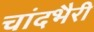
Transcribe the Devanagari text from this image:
चांदभैरी